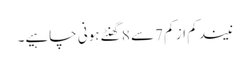
نیند کم از کم 7سے 8 گھنٹے ہونی چاہیے۔